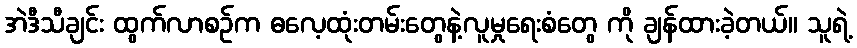
အဲဒီသီချင်း ထွက်လာစဉ်က ဓလေ့ထုံးတမ်းတွေနဲ့လူမှုရေးစံတွေ ကို ချန်ထားခဲ့တယ်။ သူရဲ့